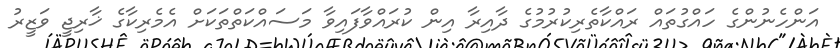
އަންހެނުންގެ ހައްގުތައް ރައްކާތެރިކުރުމުގެ ދާއިރާ އިން ކުރައްވާފައިވާ މަސައްކަތްތަކަށް އެމެރިކާގެ ޚާރިޖީ ވަޒީރު